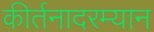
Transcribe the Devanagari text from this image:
कीर्तनादरम्यान